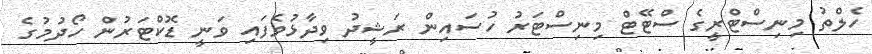
ހެލްތު މިނިސްޓްރީގެ ސްޓޭޓް މިނިސްޓަރު ހުސައިން ރަޝީދު ވިދާޅުވެފައި ވަނީ ޑޮކްޓަރުން ހޯދުމުގެ